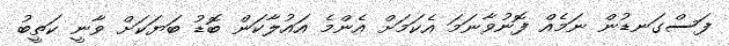
ފަސްގަނޑުން ނަމެއް ފޮނުވާނަމަ އެކަމަށް އެންމެ އައުލާކަން ބޮޑު ބަޔަކަށް ވާނީ ކަތީބު